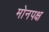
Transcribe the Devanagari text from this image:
मोनपक्ष